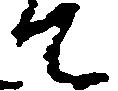
て